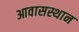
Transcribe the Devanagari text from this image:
आवासस्थान